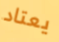
يعتاد